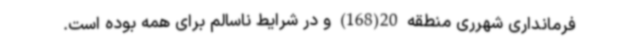
فرمانداری شهرری منطقه 20(168) و در شرایط ناسالم برای همه بوده است.